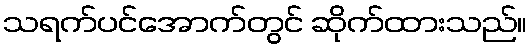
သရက်ပင်အောက်တွင် ဆိုက်ထားသည်။